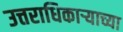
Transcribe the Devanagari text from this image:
उत्तराधिकाऱ्याच्या